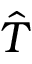
\hat { T }